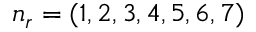
n _ { r } = ( 1 , 2 , 3 , 4 , 5 , 6 , 7 )